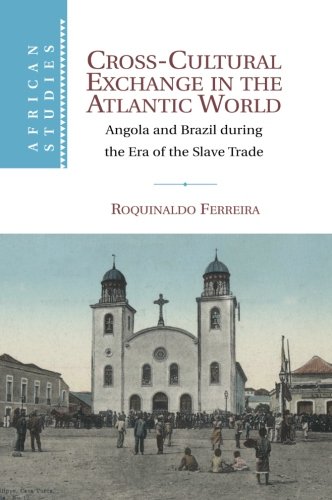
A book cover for Cross-Cultural Exchange in the Atlantic World: Angola and Brazil during the Era of the Slave Trade (African Studies); Roquinaldo Ferreira; History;